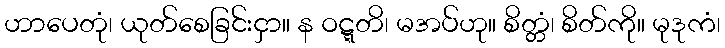
ဟာပေတုံ၊ ယုတ်စေခြင်းငှာ။ န ဝဋ္ဋတိ၊ မအပ်ဟု။ စိတ္တံ၊ စိတ်ကို။ မုဒုကံ၊